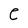
Character: e